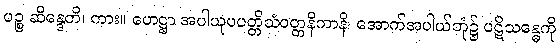
ပဉ္စ ဆိန္ဒေတိ၊ ကား။ ဟေဋ္ဌာ အပါယုပပတ္တိသံဝတ္တနိကာနိ၊ အောက်အပါယ်ဘုံ၌ ပဋိသန္ဓေကို